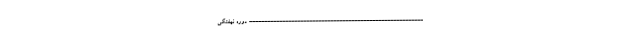
---------------------------------------------------------- دوره نهفتگی